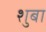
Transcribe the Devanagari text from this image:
शुबा